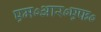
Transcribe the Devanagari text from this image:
एम०आर०एफ०